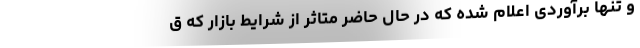
و تنها برآوردی اعلام شده که در حال حاضر متاثر از شرایط بازار که ق